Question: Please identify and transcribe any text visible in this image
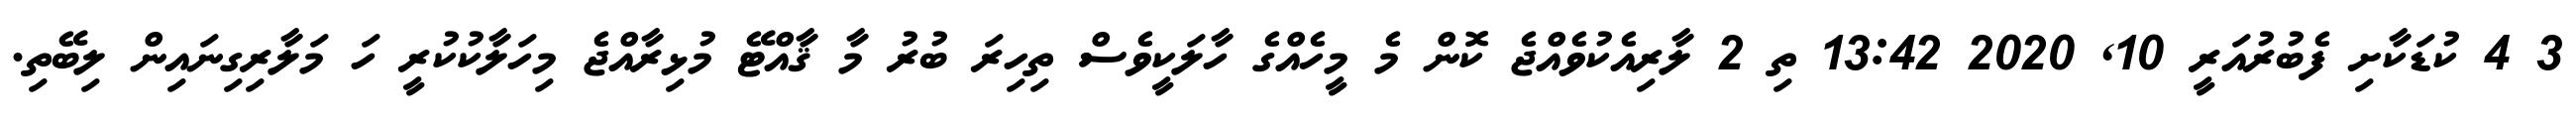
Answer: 3 4 ކުޑަކާށި ފެބުރުއަރީ 10, 2020 13:42 ތި 2 ލާރިއެކުވެއްޖެ ކޮން މެ މީހެއްގެ ހާލަކީވެސް ތިހިރަ ބުރު މާ ޤާއްޓޭ މުޅިރާއްޖެ މިހަލާކުކުރީ ހަ މަލާރިގިނައިން ލިބޭތި.